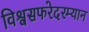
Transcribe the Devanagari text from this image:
विश्वसफरेदरम्यान